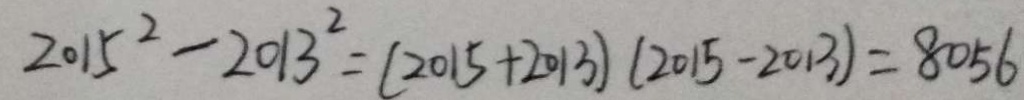
2 0 1 5 ^ { 2 } - 2 0 1 3 ^ { 2 } = ( 2 0 1 5 + 2 0 1 3 ) ( 2 0 1 5 - 2 0 1 3 ) = 8 0 5 6